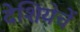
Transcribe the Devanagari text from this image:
देशियेचें